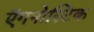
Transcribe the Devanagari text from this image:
ऍगनोस्टिक